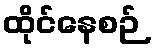
ထိုင်နေစဉ်